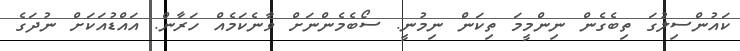
ކައުންސިލުގަ ތިބެގެން ނިންމީމަ ތިކަން ނިމުނީ. ސޯބެމެންނަށް ވާނެކަމެއް ހަރާން. އައްޑުއަކަށް ނުދަގެ